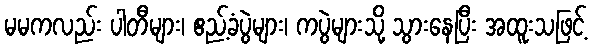
မမကလည်း ပါတီများ၊ ဧည့်ခံပွဲများ၊ ကပွဲများသို့ သွားနေပြီး အထူးသဖြင့်